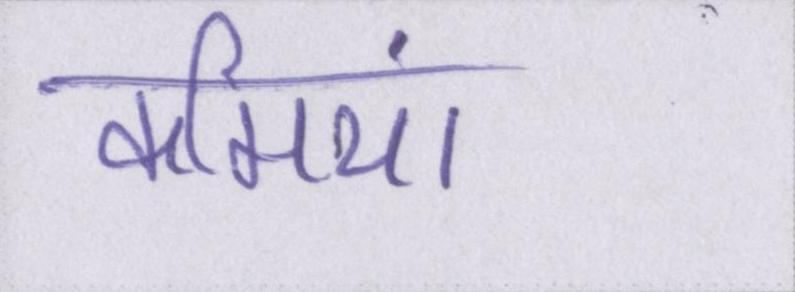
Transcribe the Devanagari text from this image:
कमियां